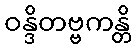
ဝန္ဒိတဗ္ဗကန္တိ